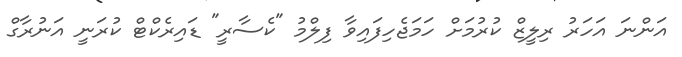
އަންނަ އަހަރު ރިލީޒް ކުރުމަށް ހަމަޖެހިފައިވާ ފިލްމު "ކެސާރީ" ޑައިރެކްޓް ކުރަނީ އަނުރާގް